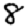
Digit: 8